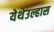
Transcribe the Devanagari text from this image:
येथेउल्हास